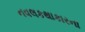
નવલકથાકારના